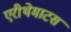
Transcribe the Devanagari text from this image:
एरीथेमाटस